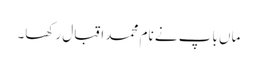
ماں باپ نے نام محمد اقبال رکھا۔